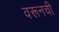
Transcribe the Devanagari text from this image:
वरूनची